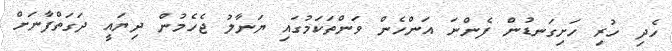
ހެދި ހުރި ހަށިގަނޑުން ފެންނަ އަންހެން ވަންތަކަމުގައި ޔަނާލު ޖެހެމުން ދިޔައީ ދަގަތްފާނަށް